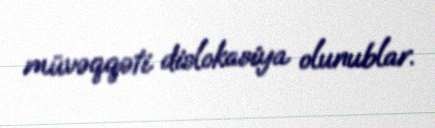
müvəqqəti dislokasiya olunublar.